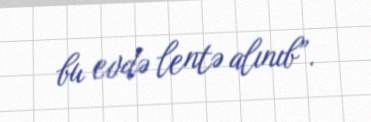
bu evdə lentə alınıb”.